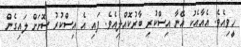
ހީވިއެވެ. އެއާއެކު އޭނާ އިސްކުރި ބާރުކޮއްލިއެވެ. ފައި އެ އިސްކުރު ސޮށަށް ލައިގެން